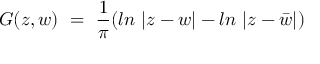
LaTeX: G ( z , w ) ~ = ~ { \frac { 1 } { \pi } } ( l n ~ | z - w | - l n ~ | z - \bar { w } | )